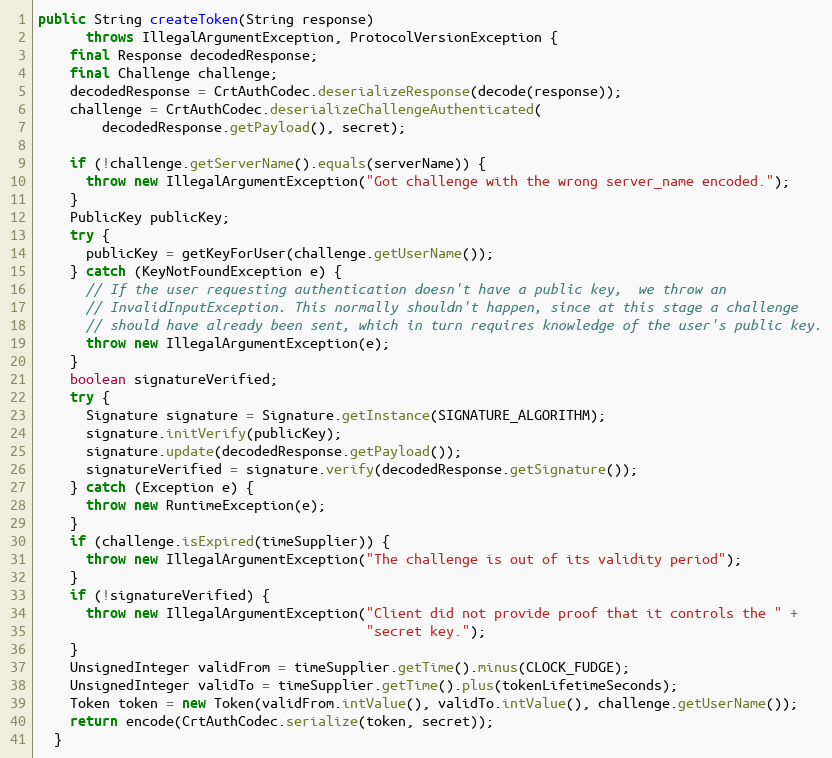
Language: Java
public String createToken(String response)
      throws IllegalArgumentException, ProtocolVersionException {
    final Response decodedResponse;
    final Challenge challenge;
    decodedResponse = CrtAuthCodec.deserializeResponse(decode(response));
    challenge = CrtAuthCodec.deserializeChallengeAuthenticated(
        decodedResponse.getPayload(), secret);

    if (!challenge.getServerName().equals(serverName)) {
      throw new IllegalArgumentException("Got challenge with the wrong server_name encoded.");
    }
    PublicKey publicKey;
    try {
      publicKey = getKeyForUser(challenge.getUserName());
    } catch (KeyNotFoundException e) {
      // If the user requesting authentication doesn't have a public key,  we throw an
      // InvalidInputException. This normally shouldn't happen, since at this stage a challenge
      // should have already been sent, which in turn requires knowledge of the user's public key.
      throw new IllegalArgumentException(e);
    }
    boolean signatureVerified;
    try {
      Signature signature = Signature.getInstance(SIGNATURE_ALGORITHM);
      signature.initVerify(publicKey);
      signature.update(decodedResponse.getPayload());
      signatureVerified = signature.verify(decodedResponse.getSignature());
    } catch (Exception e) {
      throw new RuntimeException(e);
    }
    if (challenge.isExpired(timeSupplier)) {
      throw new IllegalArgumentException("The challenge is out of its validity period");
    }
    if (!signatureVerified) {
      throw new IllegalArgumentException("Client did not provide proof that it controls the " +
                                         "secret key.");
    }
    UnsignedInteger validFrom = timeSupplier.getTime().minus(CLOCK_FUDGE);
    UnsignedInteger validTo = timeSupplier.getTime().plus(tokenLifetimeSeconds);
    Token token = new Token(validFrom.intValue(), validTo.intValue(), challenge.getUserName());
    return encode(CrtAuthCodec.serialize(token, secret));
  }